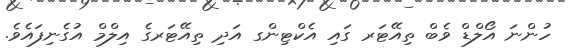
ހުންނަ އޯލްޑް ވެބް ތިއޭޓަރ ގައި އެކްޓިންގ އަދި ތިއޭޓަރގެ އިލްމް އުގެނިފައެވެ.